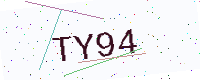
Text: TY94